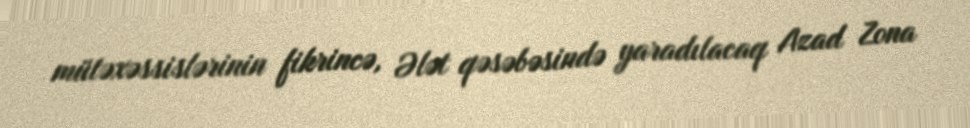
mütəxəssislərinin fikrincə, Ələt qəsəbəsində yaradılacaq Azad Zona